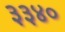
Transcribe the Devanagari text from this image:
३३४०